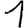
Digit: 1